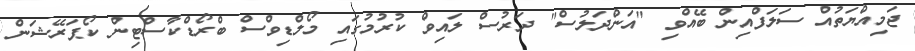
ޖަމިއްޔަތުއް ސަލަފްއިން ބޭއްވި "އަންދަލުސް" ދަރުސް ލައިވް ކުރުމުގައި މޯލްޑިވްސް ބްރޯޑްކާސްޓިން ކޯޕަރޭޝަން